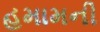
હમામની